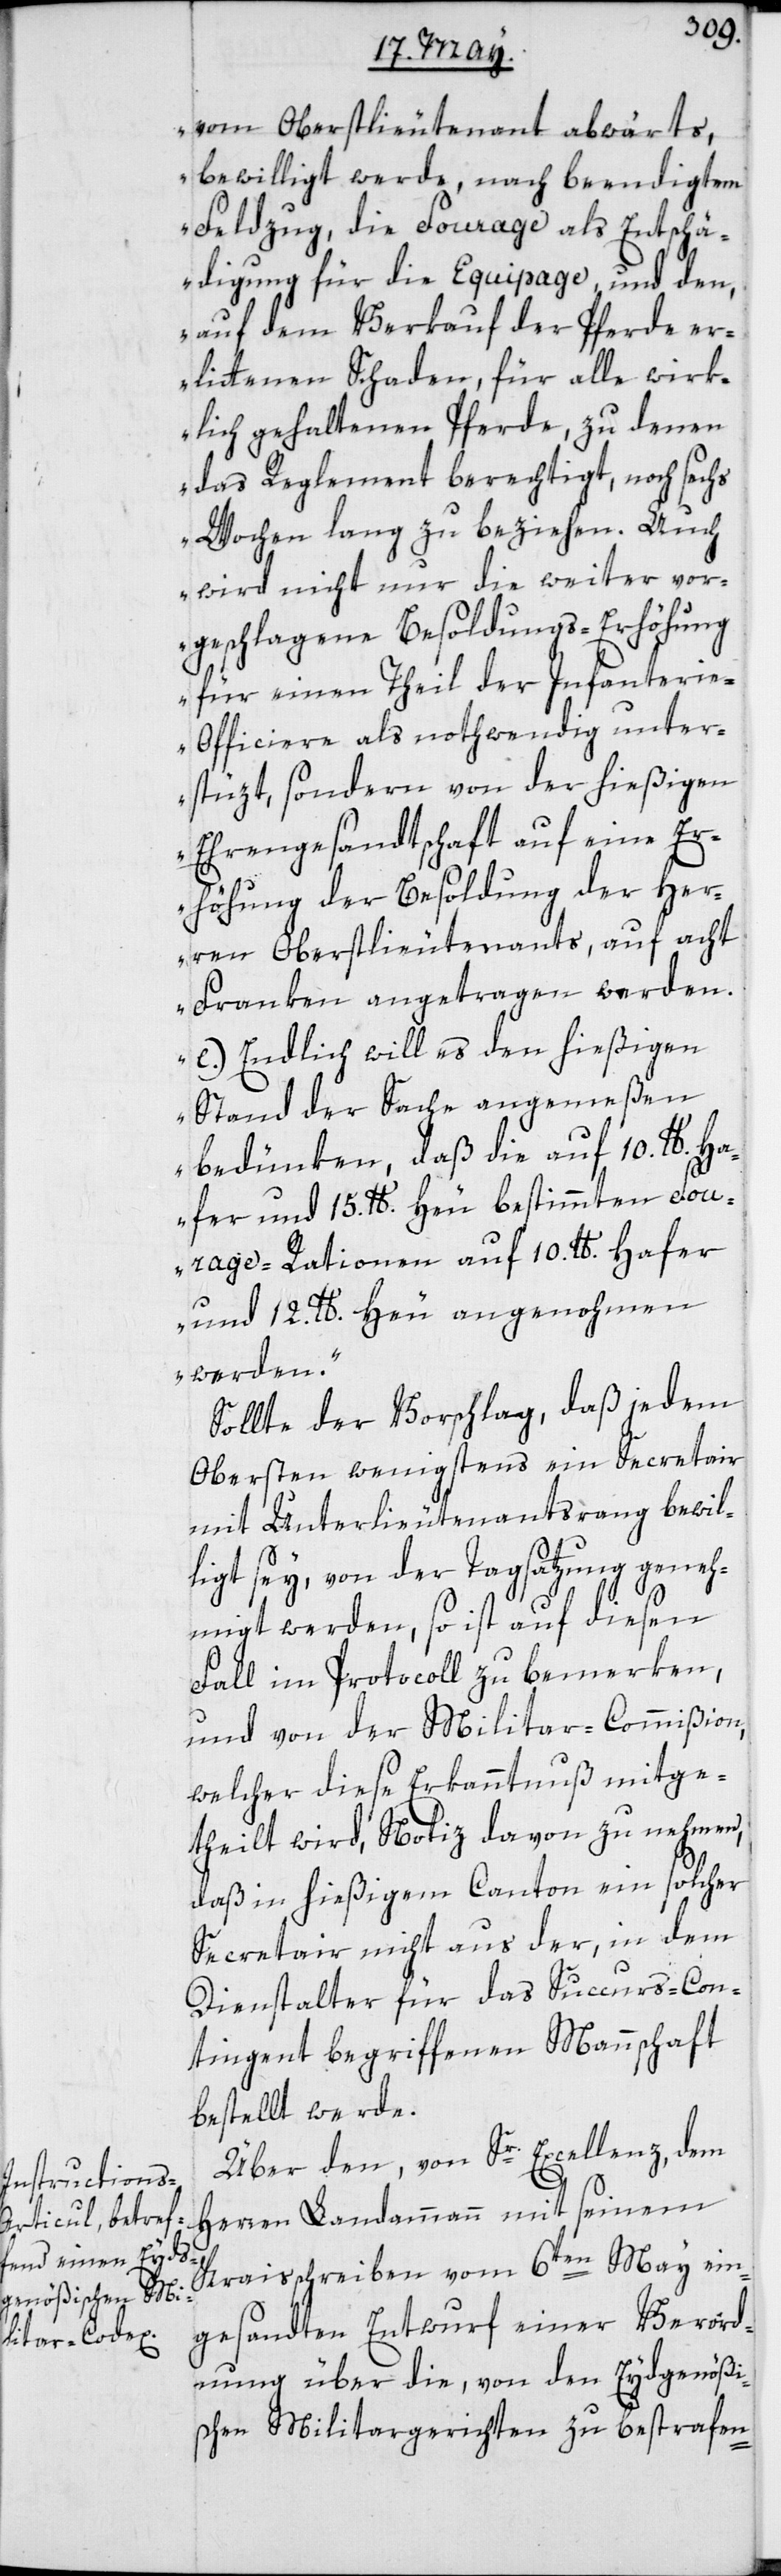
vom Oberstlieutenant abwärts,
bewilligt werde, nach beendigtem
Feldzug, die Fourage als Entschä¬
digung für die Equipage, und den
auf dem Verkauf der Pferde er¬
littenen Schaden, für alle wirk¬
lich gehaltenen Pferde, zu denen
das Reglement berechtigt, noch sechs
Wochen lang zu beziehen. Auch
wird nicht nur die weiter vor¬
geschlagene Besoldungs-Erhöhung
für einen Theil der Infanteri¬
e-Officiere als nothwendig unter¬
stüzt, sondern von der hießigen
Ehrengesandtschaft auf eine Er¬
höhung der Besoldung der Her¬
ren Oberstlieutenants, auf acht
Franken angetragen werden.
e) Endlich will es den hießigen
Stand der Sache angemeßen
bedünken, daß die auf 10. lb. Ha¬
fer und 15. lb. Heu bestimmten Fou¬
rage-Rationen auf 10. lb. Hafer
und 12. lb. Heu angenohmen
werden“.
Sollte der Vorschlag, daß jedem
Obersten wenigstens ein Secretair
mit Unterlieutenantsrang bewil¬
ligt sey, von der Tagsatzung geneh¬
migt werden, so ist auf diesen
Fall im Protocoll zu bemerken,
und von der Militar-Commißion,
welcher diese Erkanntnuß mitge¬
theilt wird, Notiz davon zu nehmen,
daß in hießigem Canton ein solcher
Secretair nicht aus der, in dem
Dienstalter für das Succurs-Con¬
tingent begriffenen Mannschaft
bestellt werde.
Über den, von Sr. Excellenz, dem
Herren Landammann mit seinem
Kraisschreiben vom 6ten May ein¬
gesandten Entwurf einer Verord¬
nung über die, von den Eydgenößi¬
schen Militargerichten zu bestrafen-